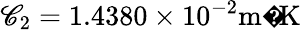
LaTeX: \mathscr{C}_{2}=1.4380\times10^{-2}{\mathrm{{m�K}}}